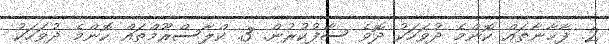
2. ފާޚާނާތައް ކޮންމެ ދުވަހަކު ދޮވެ ސާފުކުރުން. 3. ކްލާސްރޫމްތައް ކޮންމެ ދުވަހަކު